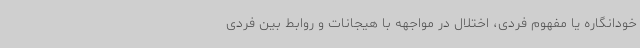
خودانگاره یا مفهوم فردی، اختلال در مواجهه با هیجانات و روابط بین فردی